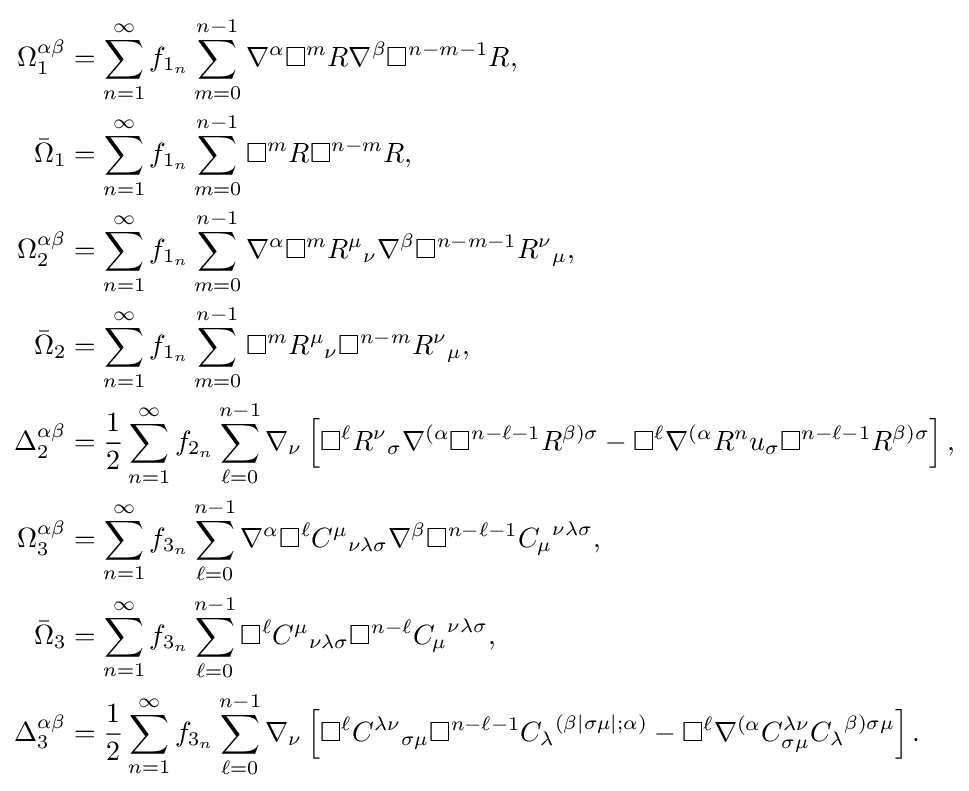
{\begin{aligned}\Omega _{1}^{\alpha \beta }&=\sum _{n=1}^{\infty }f_{1_{n}}\sum _{m=0}^{n-1}\nabla ^{\alpha }\Box ^{m}R\nabla ^{\beta }\Box ^{n-m-1}R,\\{\bar {\Omega }}_{1}&=\sum _{n=1}^{\infty }f_{1_{n}}\sum _{m=0}^{n-1}\Box ^{m}R\Box ^{n-m}R,\\\Omega _{2}^{\alpha \beta }&=\sum _{n=1}^{\infty }f_{1_{n}}\sum _{m=0}^{n-1}\nabla ^{\alpha }\Box ^{m}{R^{\mu }}_{\nu }\nabla ^{\beta }\Box ^{n-m-1}{R^{\nu }}_{\mu },\\{\bar {\Omega }}_{2}&=\sum _{n=1}^{\infty }f_{1_{n}}\sum _{m=0}^{n-1}\Box ^{m}{R^{\mu }}_{\nu }\Box ^{n-m}{R^{\nu }}_{\mu },\\\Delta _{2}^{\alpha \beta }&={\frac {1}{2}}\sum _{n=1}^{\infty }f_{2_{n}}\sum _{\ell =0}^{n-1}\nabla _{\nu }\left[\Box ^{\ell }{R^{\nu }}_{\sigma }\nabla ^{(\alpha }\Box ^{n-\ell -1}R^{\beta )\sigma }-\Box ^{\ell }\nabla ^{(\alpha }{R^{n}u}_{\sigma }\Box ^{n-\ell -1}R^{\beta )\sigma }\right],\\\Omega _{3}^{\alpha \beta }&=\sum _{n=1}^{\infty }f_{3_{n}}\sum _{\ell =0}^{n-1}\nabla ^{\alpha }\Box ^{\ell }{C^{\mu }}_{\nu \lambda \sigma }\nabla ^{\beta }\Box ^{n-\ell -1}{C_{\mu }}^{\nu \lambda \sigma },\\{\bar {\Omega }}_{3}&=\sum _{n=1}^{\infty }f_{3_{n}}\sum _{\ell =0}^{n-1}\Box ^{\ell }{C^{\mu }}_{\nu \lambda \sigma }\Box ^{n-\ell }{C_{\mu }}^{\nu \lambda \sigma },\\\Delta _{3}^{\alpha \beta }&={\frac {1}{2}}\sum _{n=1}^{\infty }f_{3_{n}}\sum _{\ell =0}^{n-1}\nabla _{\nu }\left[\Box ^{\ell }{C^{\lambda \nu }}_{\sigma \mu }\Box ^{n-\ell -1}{C_{\lambda }}^{(\beta |\sigma \mu |;\alpha )}-\Box ^{\ell }\nabla ^{(\alpha }C_{\sigma \mu }^{\lambda \nu }{C_{\lambda }}^{\beta )\sigma \mu }\right].\end{aligned}}